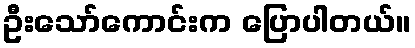
ဦးသော်ကောင်းက ပြောပါတယ်။